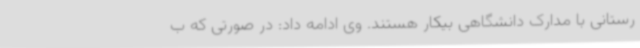
رستانی با مدارک دانشگاهی بیکار هستند. وی ادامه داد: در صورتی که ب